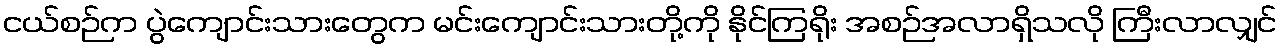
ငယ်စဉ်က ပွဲကျောင်းသားတွေက မင်းကျောင်းသားတို့ကို နိုင်ကြရိုး အစဉ်အလာရှိသလို ကြီးလာလျှင်